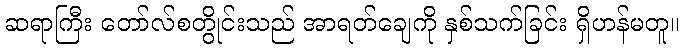
ဆရာကြီး တော်လ်စတွိုင်းသည် အာရတ်ချေကို နှစ်သက်ခြင်း ရှိဟန်မတူ။